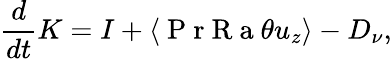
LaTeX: \frac{d}{dt}K=I+\langle\mathrm{~P~r~R~a~}\theta u_{z}\rangle-D_{\nu},